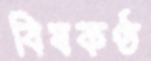
বিষকণ্ঠ